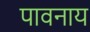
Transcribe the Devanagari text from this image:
पावनाय